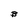
Character: B